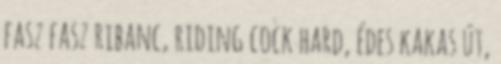
fasz fasz ribanc, riding cock hard, édes kakas út,